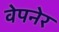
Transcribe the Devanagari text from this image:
वेपनेर